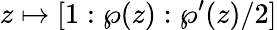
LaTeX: z\mapsto[1:\wp(z):\wp^{\prime}(z)/2]